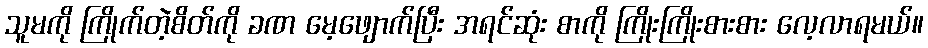
သူမကို ကြိုက်တဲ့စိတ်ကို ခဏ မေ့ဖျောက်ပြီး အရင်ဆုံး စာကို ကြိုးကြိုးစားစား လေ့လာရမယ်။